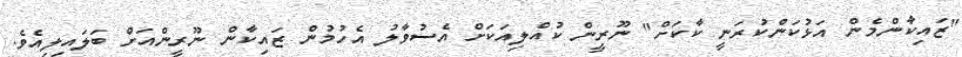
"ޒައިކާންމެން އަޅުކަންކުރަނީ ކާކަށް" ނޫރީން ކުއްލިއަކަށް އެސުވާލު އެހުމުން ޒައިކާން ނޫރީންއަށް ބަލައިލިއެވެ.